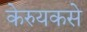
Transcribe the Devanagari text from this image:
केरुयकसे